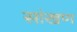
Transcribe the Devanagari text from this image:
सांखण